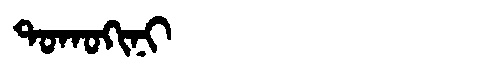
Manchu: ᡨᠣᡴᠣᡴᡳᠨᡳ
Romanization: TOKOKINI